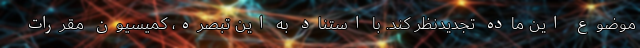
موضوع این ماده تجدیدنظر کند. با استناد به این تبصره، کمیسیون مقررات